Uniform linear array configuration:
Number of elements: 12
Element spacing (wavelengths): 0.75
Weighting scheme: uniform
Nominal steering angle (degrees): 60
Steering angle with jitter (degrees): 59.064
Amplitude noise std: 0.05
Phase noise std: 0.05

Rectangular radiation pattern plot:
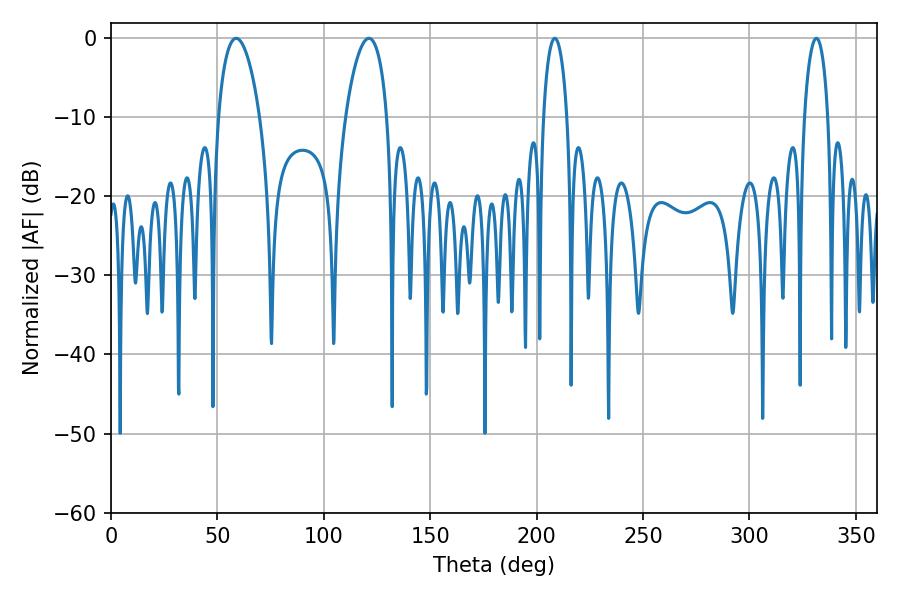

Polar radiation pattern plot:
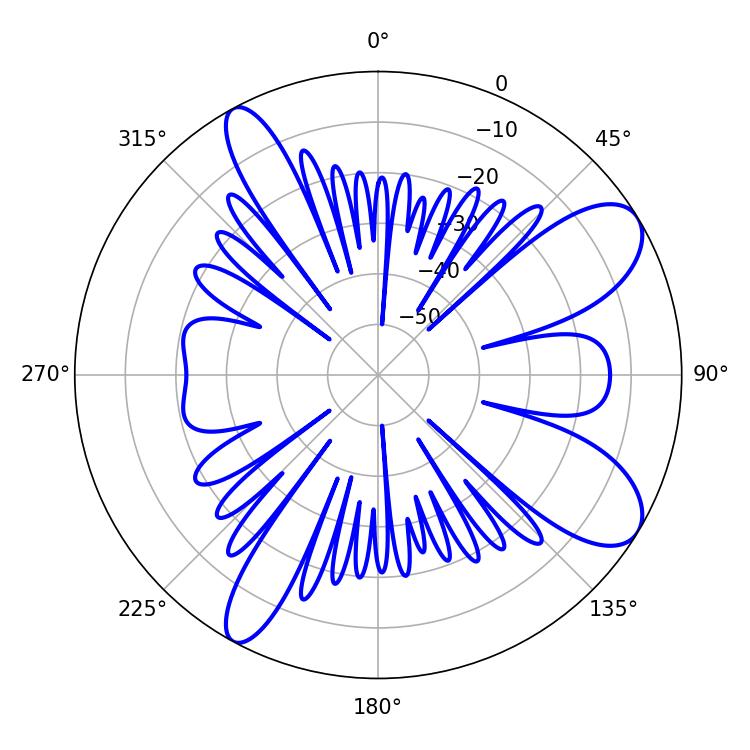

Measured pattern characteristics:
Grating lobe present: TRUE
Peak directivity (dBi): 9.222
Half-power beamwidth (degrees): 10.98
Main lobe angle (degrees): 121.14